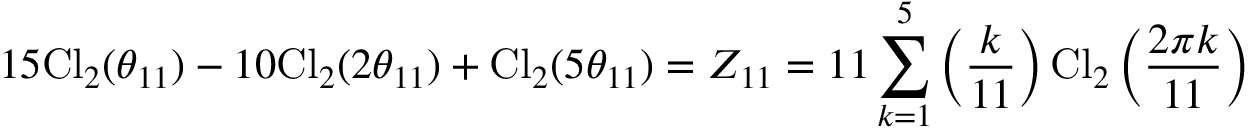
1 5 \mathrm { C l } _ { 2 } ( \theta _ { 1 1 } ) - 1 0 \mathrm { C l } _ { 2 } ( 2 \theta _ { 1 1 } ) + \mathrm { C l } _ { 2 } ( 5 \theta _ { 1 1 } ) = Z _ { 1 1 } = 1 1 \sum _ { k = 1 } ^ { 5 } \left( \frac { k } { 1 1 } \right) \mathrm { C l } _ { 2 } \left( \frac { 2 \pi k } { 1 1 } \right)